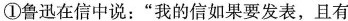
①鲁迅在信中说：”我的信如果要发表，且有